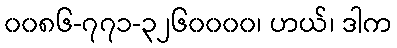
၀၀၈၆-၇၇၁-၃၂၆၀၀၀၀၊ ဟယ်၊ ဒါက